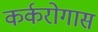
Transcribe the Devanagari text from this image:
कर्करोगास